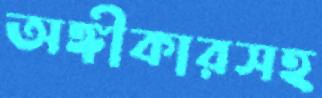
অঙ্গীকারসহ